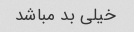
خیلی بد مباشد